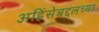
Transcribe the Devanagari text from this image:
अहिंसेबद्दलच्या